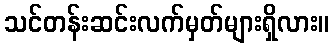
သင်တန်းဆင်းလက်မှတ်များရှိလား။